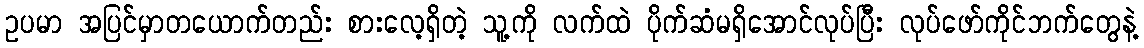
ဥပမာ အပြင်မှာတယောက်တည်း စားလေ့ရှိတဲ့ သူ့ကို လက်ထဲ ပိုက်ဆံမရှိအောင်လုပ်ပြီး လုပ်ဖော်ကိုင်ဘက်တွေနဲ့